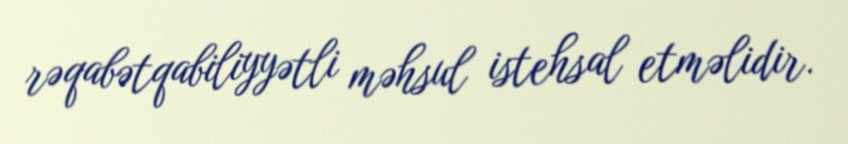
rəqabətqabiliyyətli məhsul istehsal etməlidir.